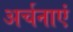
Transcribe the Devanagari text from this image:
अर्चनाएं